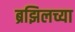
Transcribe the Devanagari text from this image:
ब्रझिलच्या